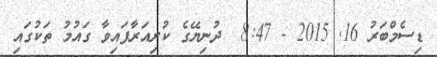
ޑިސެމްބަރު 16